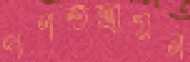
গণতন্ত্রায়ন